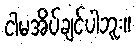
ငါမအိပ်ချင်ပါဘူး။